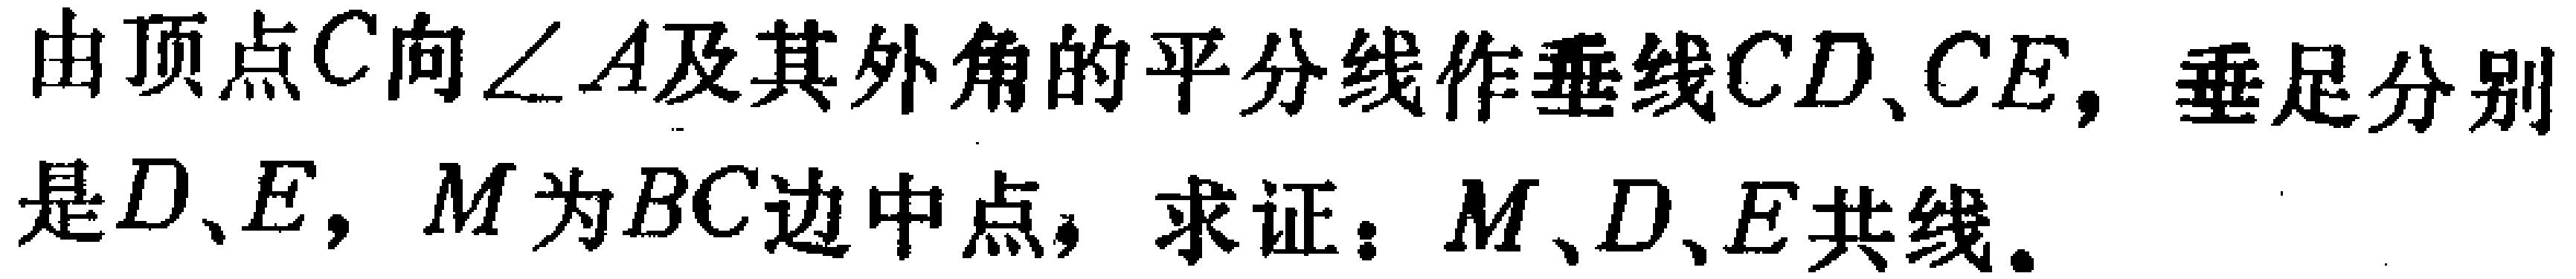
由顶点\(C\)向\(\angle A\)及其外角的平分线作垂线\(CD\)、\(CE\)，垂足分别是\(D\)、\(E\)，\(M\)为\(BC\)边中点，求证：\(M\)、\(D\)、\(E\)共线。